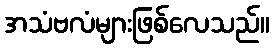
အသံဗလံများဖြစ်လေသည်။